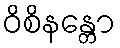
ဝိစိနန္တော